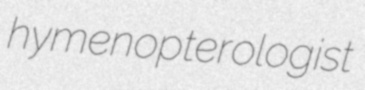
hymenopterologist